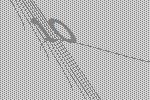
10